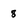
Character: 8